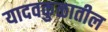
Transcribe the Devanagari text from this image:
यादवकुळातील